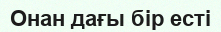
Онан дағы бір есті